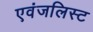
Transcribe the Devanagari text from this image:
एवंजलिस्ट